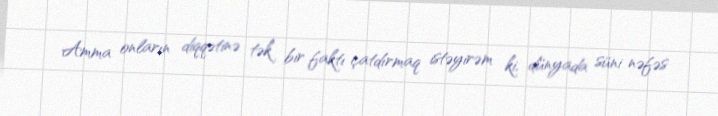
Amma onların diqqətinə tək bir faktı çatdırmaq istəyirəm ki, dünyada süni nəfəs